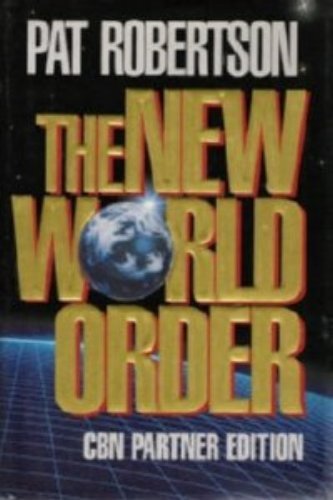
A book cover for The New World Order; Pat Robertson; Christian Books & Bibles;